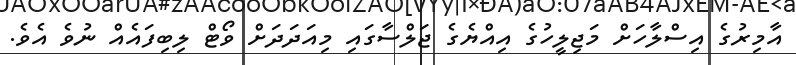
އާމިރުގެ އިސްލާހަށް މަޖިލީހުގެ އިއްޔެގެ ޖަލްސާގައި މިއަދަދަށް ވޯޓް ލިބިފައެއް ނުވެ އެވެ.